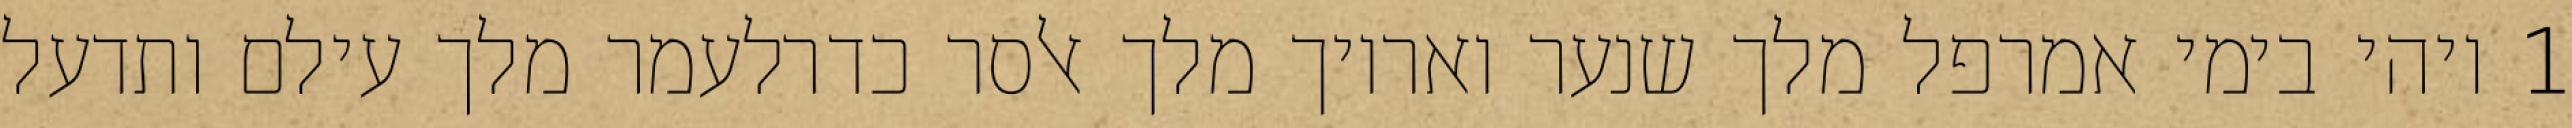
1 ויהי בימי אמרפל מלך שנער ואריוך מלך אלסר כדרלעמר מלך עילם ותדעל